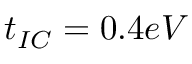
t _ { I C } = 0 . 4 e V